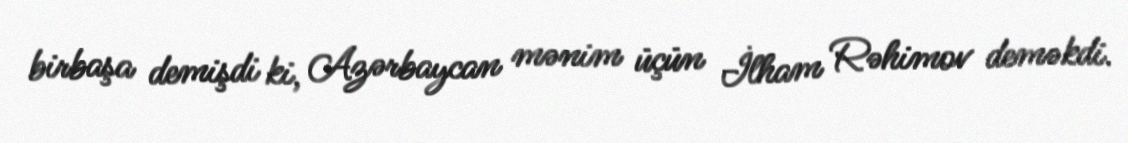
birbaşa demişdi ki, Azərbaycan mənim üçün İlham Rəhimov deməkdi.